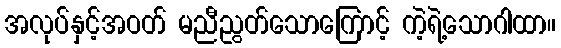
အလုပ်နှင့်အဝတ် မညီညွတ်သောကြောင့် ကဲ့ရဲ့သောဂါထာ။